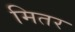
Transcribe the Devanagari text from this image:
मितर